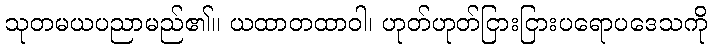
သုတမယပညာမည်၏။ ယထာတထာဝါ၊ ဟုတ်ဟုတ်ငြားငြားပရောပဒေသကို